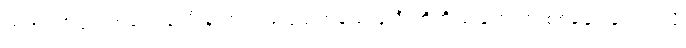
တရားလိုပြသက်သေ ၅ ဦးနဲ့ တရားခံပြသက်သေ ၄ ဦးတို့ကို ရုံးတော်က စစ်ဆေးခဲ့တယ်လို့